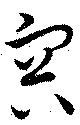
容